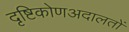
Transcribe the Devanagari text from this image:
दृष्टिकोणअदालतों